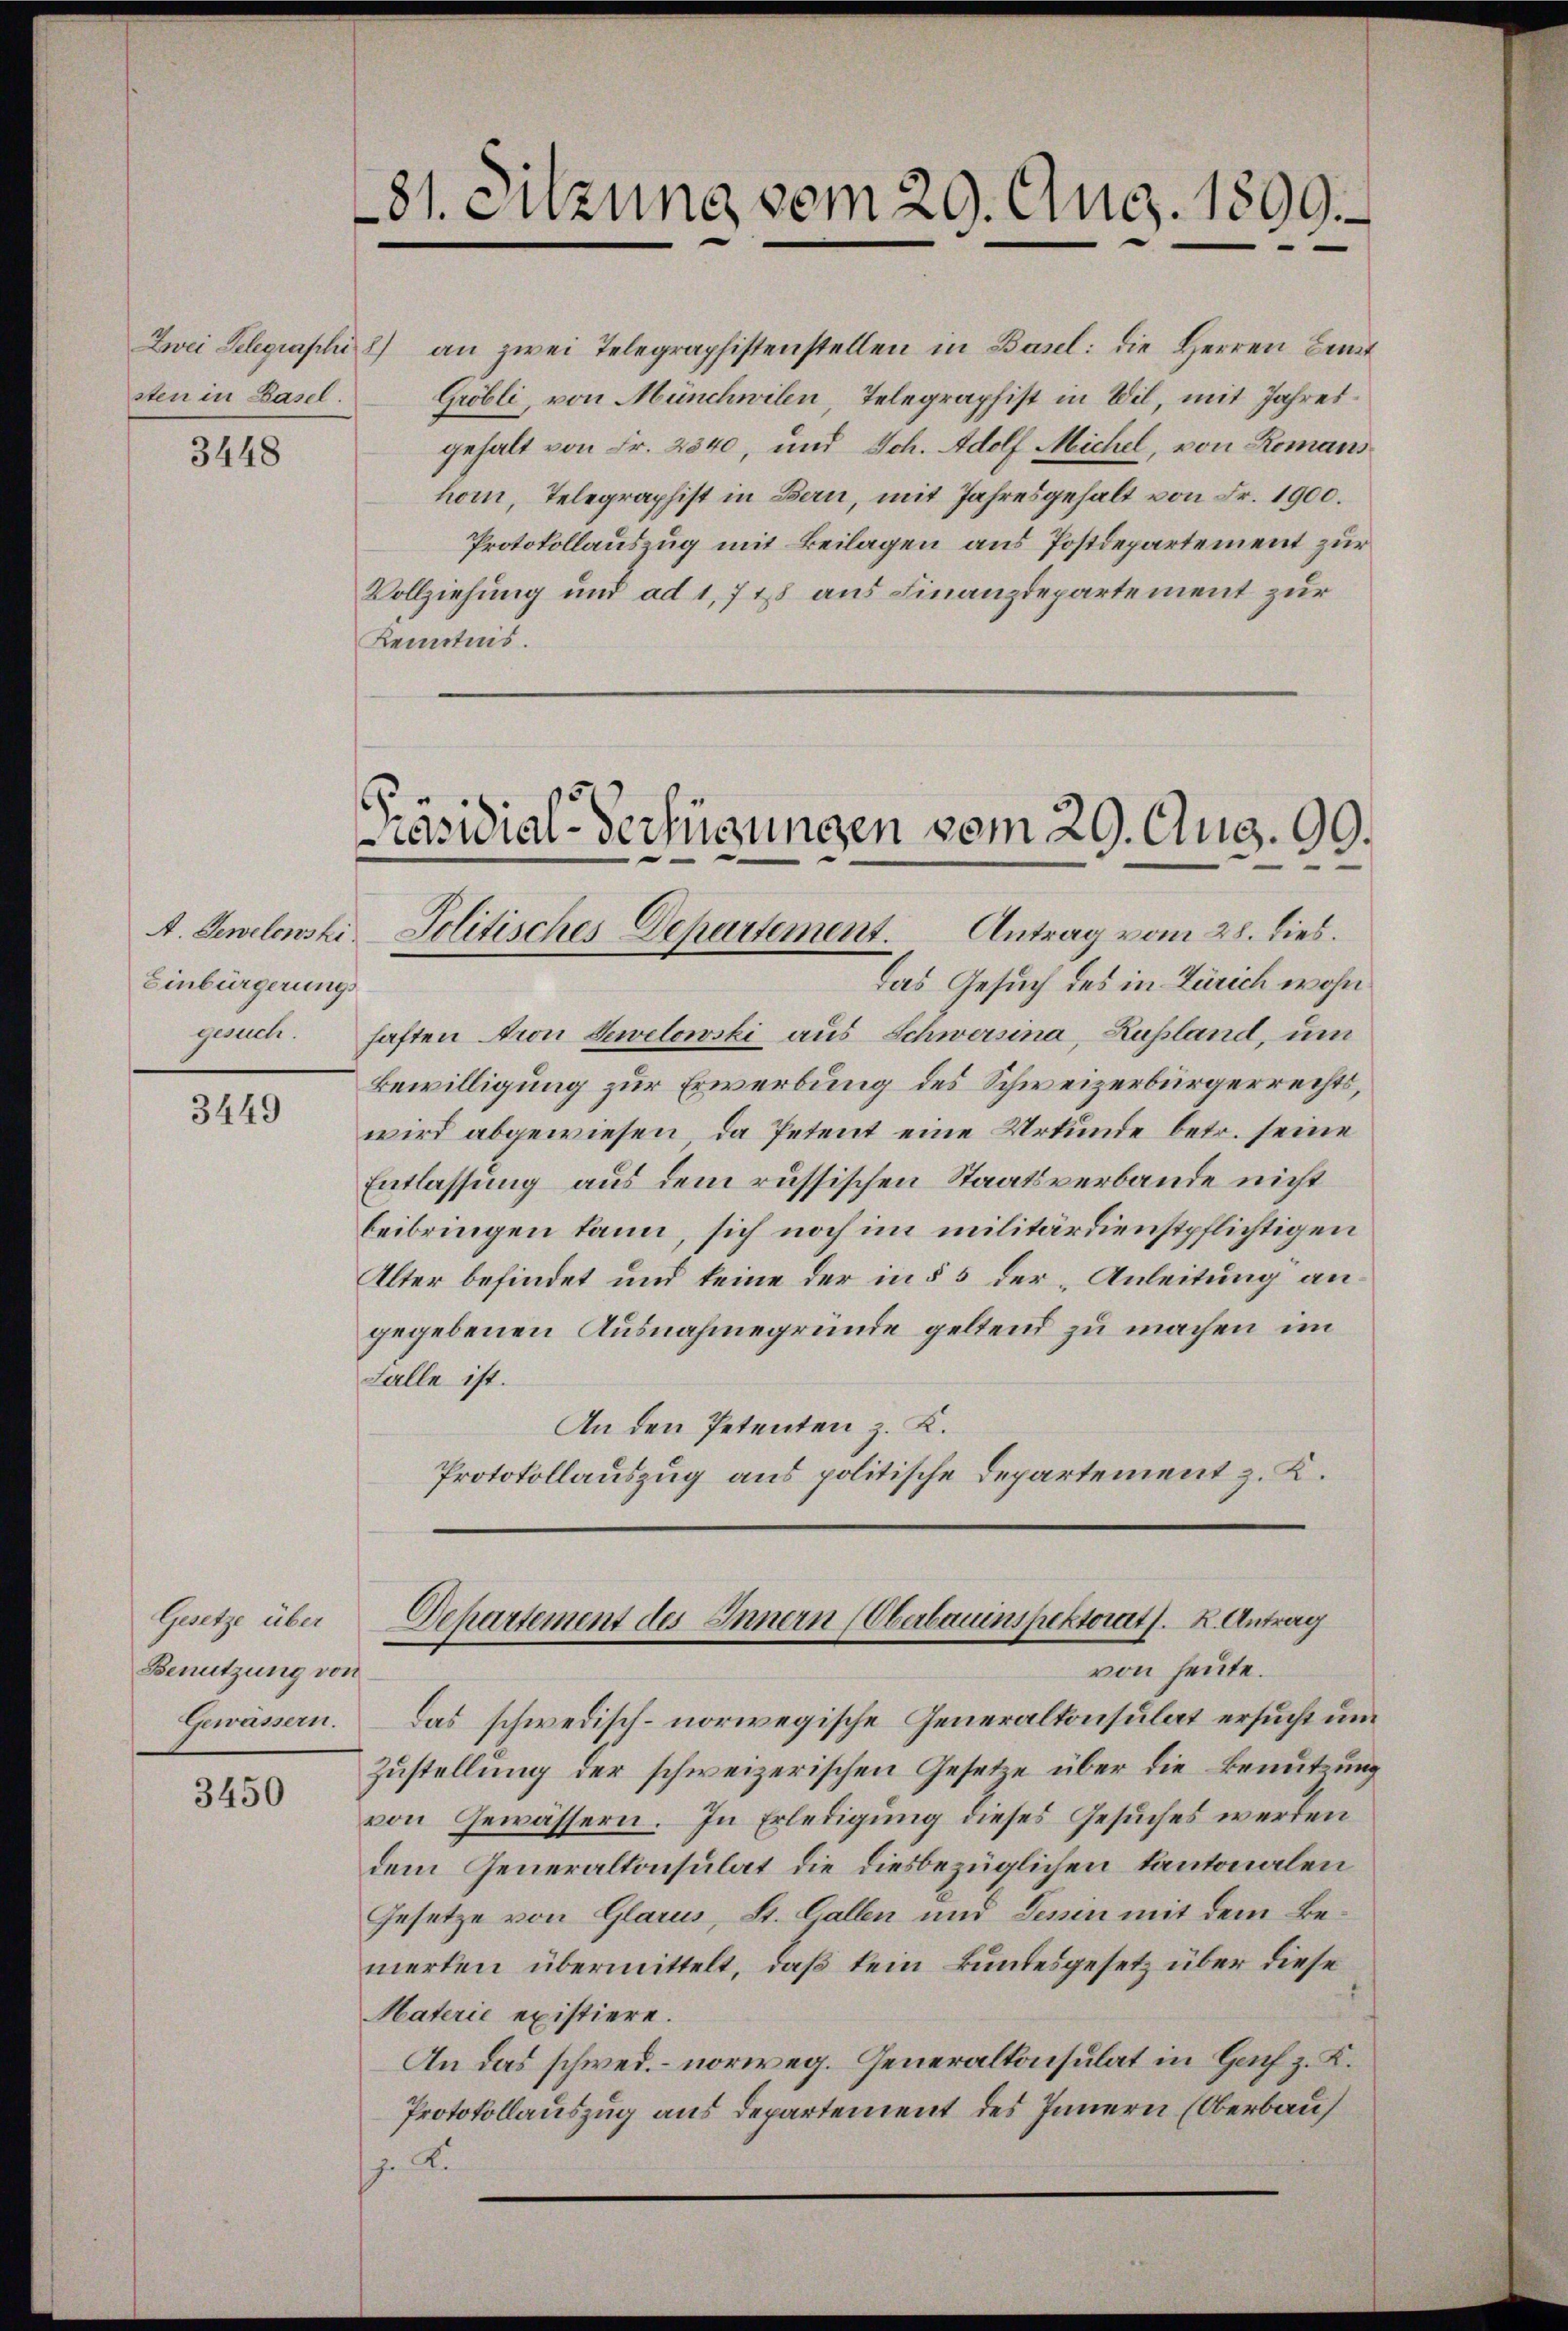
sten in Basel.

3448

Einbürgerungs
gesuch.

3449

Gesetze über
Benutzung von
Gewässern.

3450

81. Sitzung vom 29. Aug. 1899.

äsidial-Verfügungen vom 29. Aug. 99.
4. Lewelewski Jolitisches Departement. Antrag vom 28. dies.

Zwei Telegraphi 8) an zwei Telegraphistenstellen in Basel: die Herren Cant
Gröbli, von Münchwilen, Telegraphist in Wil, mit Jahresgehalt von Fr. 2840, und Sch. Adolf Michel, von Romans
horn, Telegraphist in Bern, mit Jahresgehalt von Fr. 1900.
Protokollauszug mit Beilagen aus Postdepartement zur
Vollziehung und ad 1, 718 aus Finanzdepartement zur
Kenntnis.

Das Gesuch des in Zürich wohn
haften ron Sewelowski aus Schwersina, Russland, um
Bewilligung zur Erwerbung des Schweizerbürgerrechts,
wird abgewiesen, da Petent eine Urkunde betr. seine
Entlassung aus dem russischen Staatsverbande nicht
beibringen kann, sich noch im militärdienstpflichtigen
Alter befindet und keine der in § 5 der Anleitung an
gegebenen Ausnahmegründe geltend zu machen im
Falle ist.
An den Petenten z. K.
Protokollauszug aus politische Departement z. K.

Departement des Innern (Oberbauinspektorats. K. Antrag
von heute.

Das schwedisch-norwegische Generaltonsulat ersucht und
Zustellung der schweizerischen Gesetze über die Benutzung
von Gewässern. In Erledigung dieses Gesuches werden
dem Generaltonsulat die diesbezüglichen Kantonalen
Gesetze von Glarus, St. Gallen und Jenin mit dem Bemerten übermittelt, daß kein kundesgesetz über diese
Materie existiere.
An das schwed. – norweg. Generalkonsulat in Hach z. K.
Protokollauszug aus Departement des Innern (Oberbau
 .